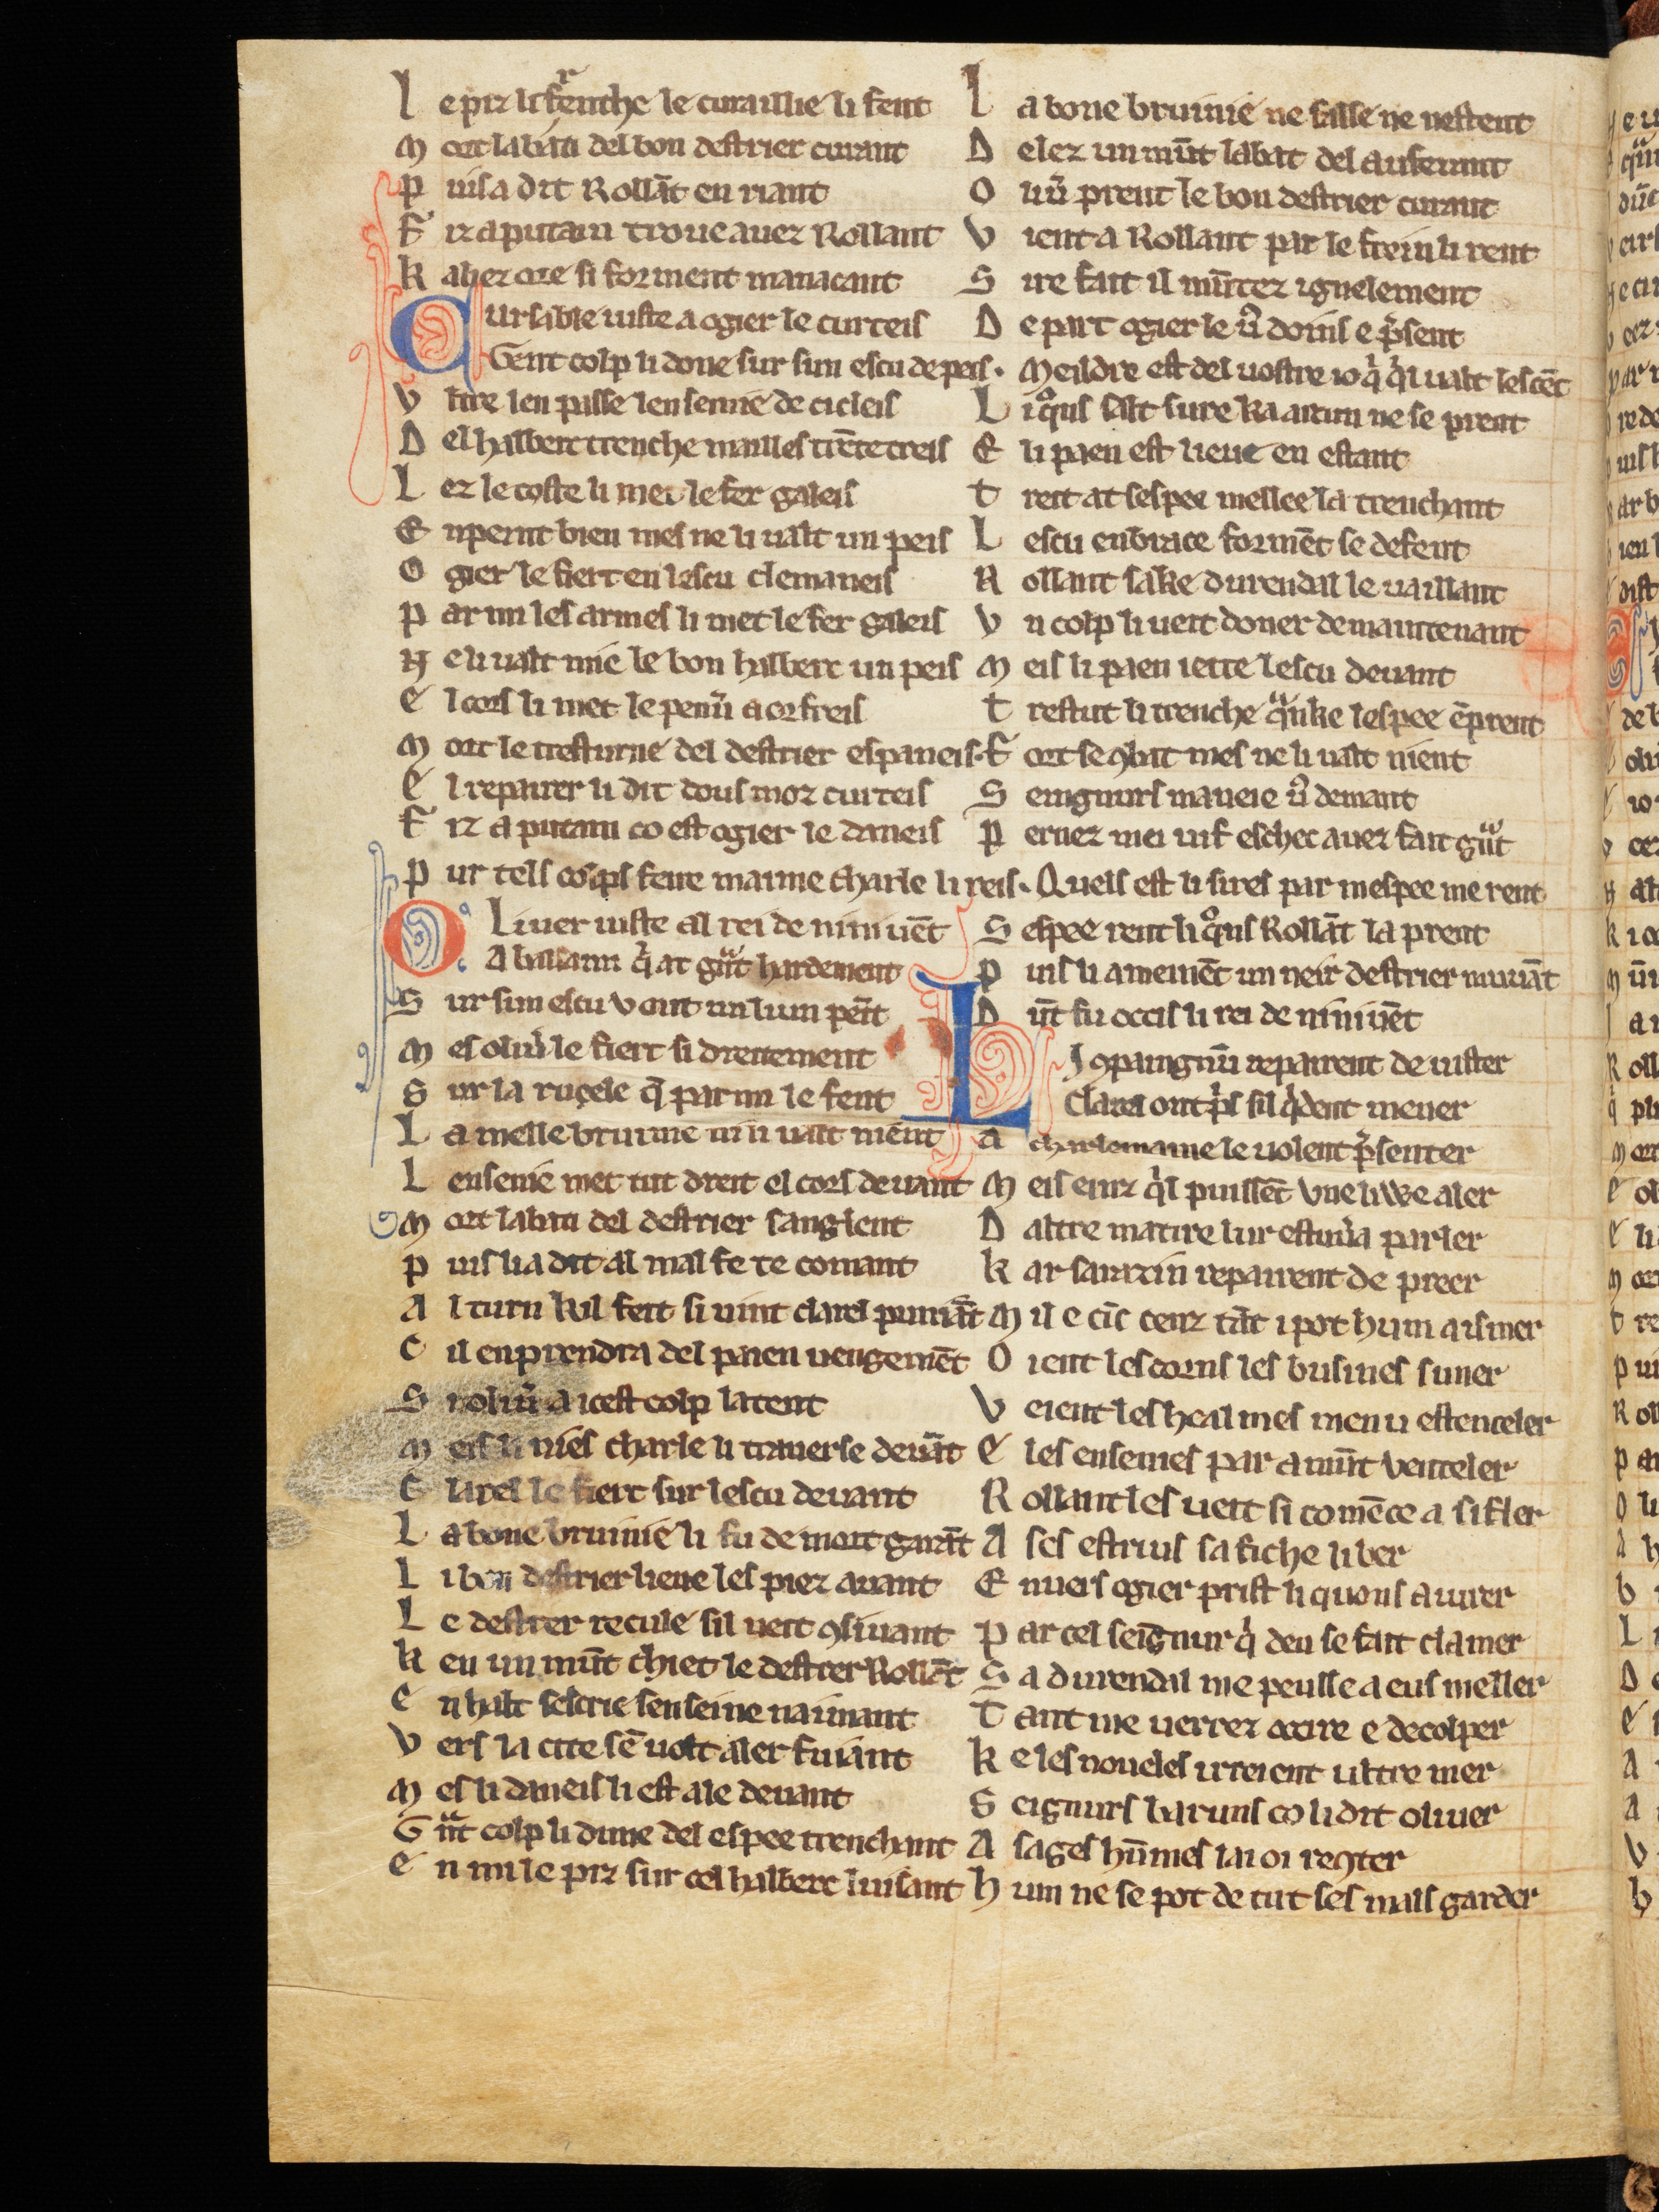
Shelfmark: Cologne, Bodmer, 168
Century: 13